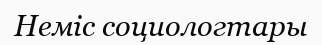
Неміс социологтары